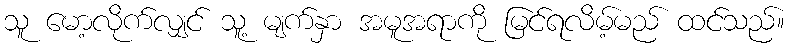
သူ မော့လိုက်လျှင် သူ့ မျက်နှာ အမူအရာကို မြင်ရလိမ့်မည် ထင်သည်။